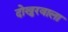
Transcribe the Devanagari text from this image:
दोखुरवाला